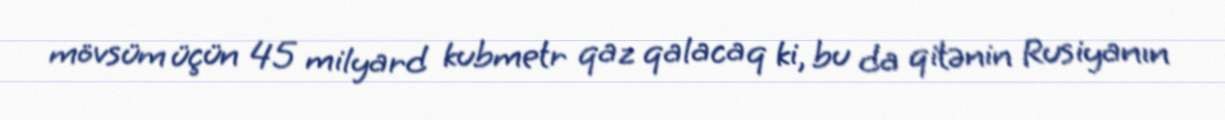
mövsüm üçün 45 milyard kubmetr qaz qalacaq ki, bu da qitənin Rusiyanın